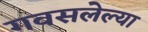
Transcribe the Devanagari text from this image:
गवसलेल्या